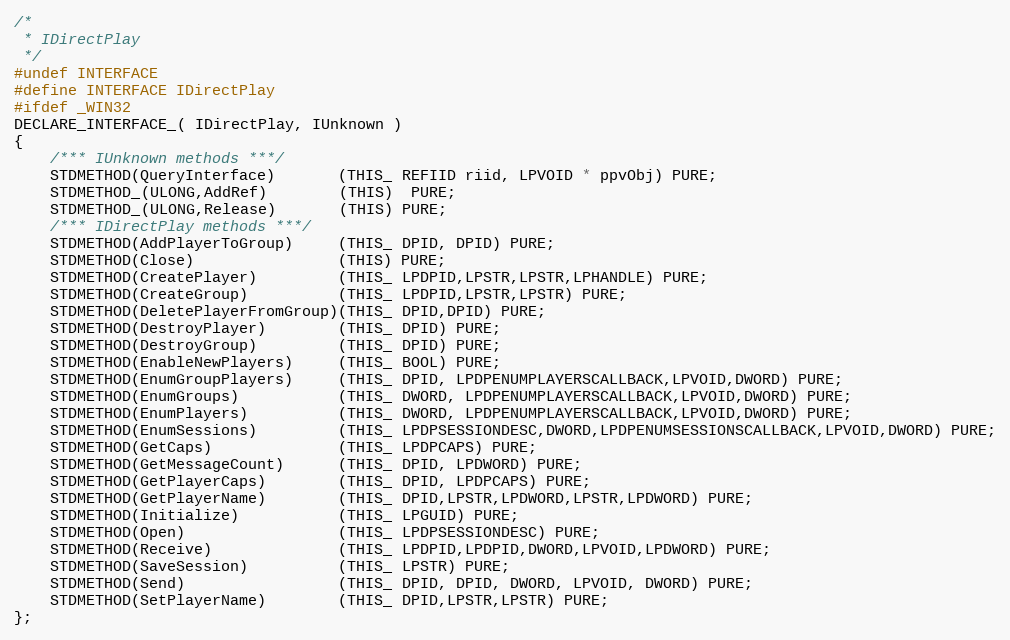
Language: C
/*
 * IDirectPlay
 */
#undef INTERFACE
#define INTERFACE IDirectPlay
#ifdef _WIN32
DECLARE_INTERFACE_( IDirectPlay, IUnknown )
{
    /*** IUnknown methods ***/
    STDMETHOD(QueryInterface)       (THIS_ REFIID riid, LPVOID * ppvObj) PURE;
    STDMETHOD_(ULONG,AddRef)        (THIS)  PURE;
    STDMETHOD_(ULONG,Release)       (THIS) PURE;
    /*** IDirectPlay methods ***/
    STDMETHOD(AddPlayerToGroup)     (THIS_ DPID, DPID) PURE;
    STDMETHOD(Close)                (THIS) PURE;
    STDMETHOD(CreatePlayer)         (THIS_ LPDPID,LPSTR,LPSTR,LPHANDLE) PURE;
    STDMETHOD(CreateGroup)          (THIS_ LPDPID,LPSTR,LPSTR) PURE;
    STDMETHOD(DeletePlayerFromGroup)(THIS_ DPID,DPID) PURE;
    STDMETHOD(DestroyPlayer)        (THIS_ DPID) PURE;
    STDMETHOD(DestroyGroup)         (THIS_ DPID) PURE;
    STDMETHOD(EnableNewPlayers)     (THIS_ BOOL) PURE;
    STDMETHOD(EnumGroupPlayers)     (THIS_ DPID, LPDPENUMPLAYERSCALLBACK,LPVOID,DWORD) PURE;
    STDMETHOD(EnumGroups)           (THIS_ DWORD, LPDPENUMPLAYERSCALLBACK,LPVOID,DWORD) PURE;
    STDMETHOD(EnumPlayers)          (THIS_ DWORD, LPDPENUMPLAYERSCALLBACK,LPVOID,DWORD) PURE;
    STDMETHOD(EnumSessions)         (THIS_ LPDPSESSIONDESC,DWORD,LPDPENUMSESSIONSCALLBACK,LPVOID,DWORD) PURE;
    STDMETHOD(GetCaps)              (THIS_ LPDPCAPS) PURE;
    STDMETHOD(GetMessageCount)      (THIS_ DPID, LPDWORD) PURE;
    STDMETHOD(GetPlayerCaps)        (THIS_ DPID, LPDPCAPS) PURE;
    STDMETHOD(GetPlayerName)        (THIS_ DPID,LPSTR,LPDWORD,LPSTR,LPDWORD) PURE;
    STDMETHOD(Initialize)           (THIS_ LPGUID) PURE;
    STDMETHOD(Open)                 (THIS_ LPDPSESSIONDESC) PURE;
    STDMETHOD(Receive)              (THIS_ LPDPID,LPDPID,DWORD,LPVOID,LPDWORD) PURE;
    STDMETHOD(SaveSession)          (THIS_ LPSTR) PURE;
    STDMETHOD(Send)                 (THIS_ DPID, DPID, DWORD, LPVOID, DWORD) PURE;
    STDMETHOD(SetPlayerName)        (THIS_ DPID,LPSTR,LPSTR) PURE;
};